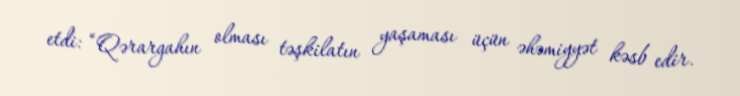
etdi: “Qərargahın olması təşkilatın yaşaması üçün əhəmiyyət kəsb edir.